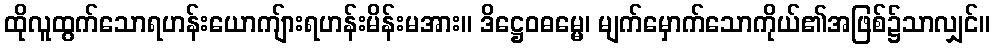
ထိုလူထွက်သောရဟန်းယောကျ်ားရဟန်းမိန်းမအား။ ဒိဋ္ဌေဝဓမ္မေ၊ မျက်မှောက်သောကိုယ်၏အဖြစ်၌သာလျှင်။